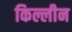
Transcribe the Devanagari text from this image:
किल्लीन